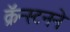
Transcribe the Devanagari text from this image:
क्रॅन्स्टनने